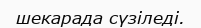
шекарада сүзіледі.